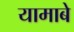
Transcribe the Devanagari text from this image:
यामाबे